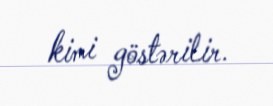
kimi göstərilir.